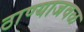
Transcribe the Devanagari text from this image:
ठाण्याजवळ